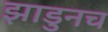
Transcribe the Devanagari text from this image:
झाडुनच